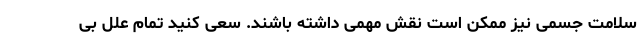
سلامت جسمی نیز ممکن است نقش مهمی داشته باشند. سعی کنید تمام علل بی